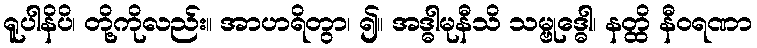
ရူပါနိပိ၊ တို့ကိုလည်း။ အာဟရိတွာ၊ ၍။ အဒ္ဓါမုနီသိ သမ္ဗုဒ္ဓေါ၊ နတ္ထိ နီဝရဏာ